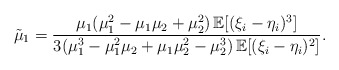
\begin{align*} \tilde\mu_1=\frac{\mu_1 (\mu_1^2-\mu_1\mu_2+\mu_2^2 )\,\mathbb E [(\xi_i-\eta_i)^3 ]}{3 (\mu_1^3-\mu_1^2\mu_2+\mu_1\mu_2^2-\mu_2^3 )\,\mathbb E [(\xi_i-\eta_i)^2 ]}.\end{align*}